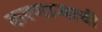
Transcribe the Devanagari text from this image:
करणाऱ्याची